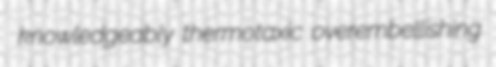
knowledgeably thermotaxic overembellishing